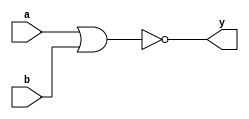
//NOR GATE

//NOR gate using Structural modeling
module nor_gate_s(a,b,y);
input a,b;
output y;

nor(y,a,b);
                
endmodule


//NOR gate using data flow modeling
module nor_gate_d(a,b,y);
input a,b;
output y;

assign y = ~(a | b);
                
endmodule


//NOR gate using behavioural modeling
module NOR_2_behavioral (output reg Y, input A, B);
always @ (A or B) begin
    if (A == 1'b0 & B == 1'b0) begin
        Y = 1'b1;
    end
    else 
        Y = 1'b0; 
end
endmodule